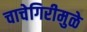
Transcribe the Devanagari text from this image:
चाचेगिरीमुळे